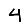
Digit: 4